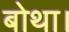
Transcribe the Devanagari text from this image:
बोथा।